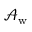
\mathcal { A } _ { \mathrm { w } }